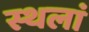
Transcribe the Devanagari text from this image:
स्थलां